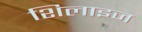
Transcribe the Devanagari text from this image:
शिलाइज